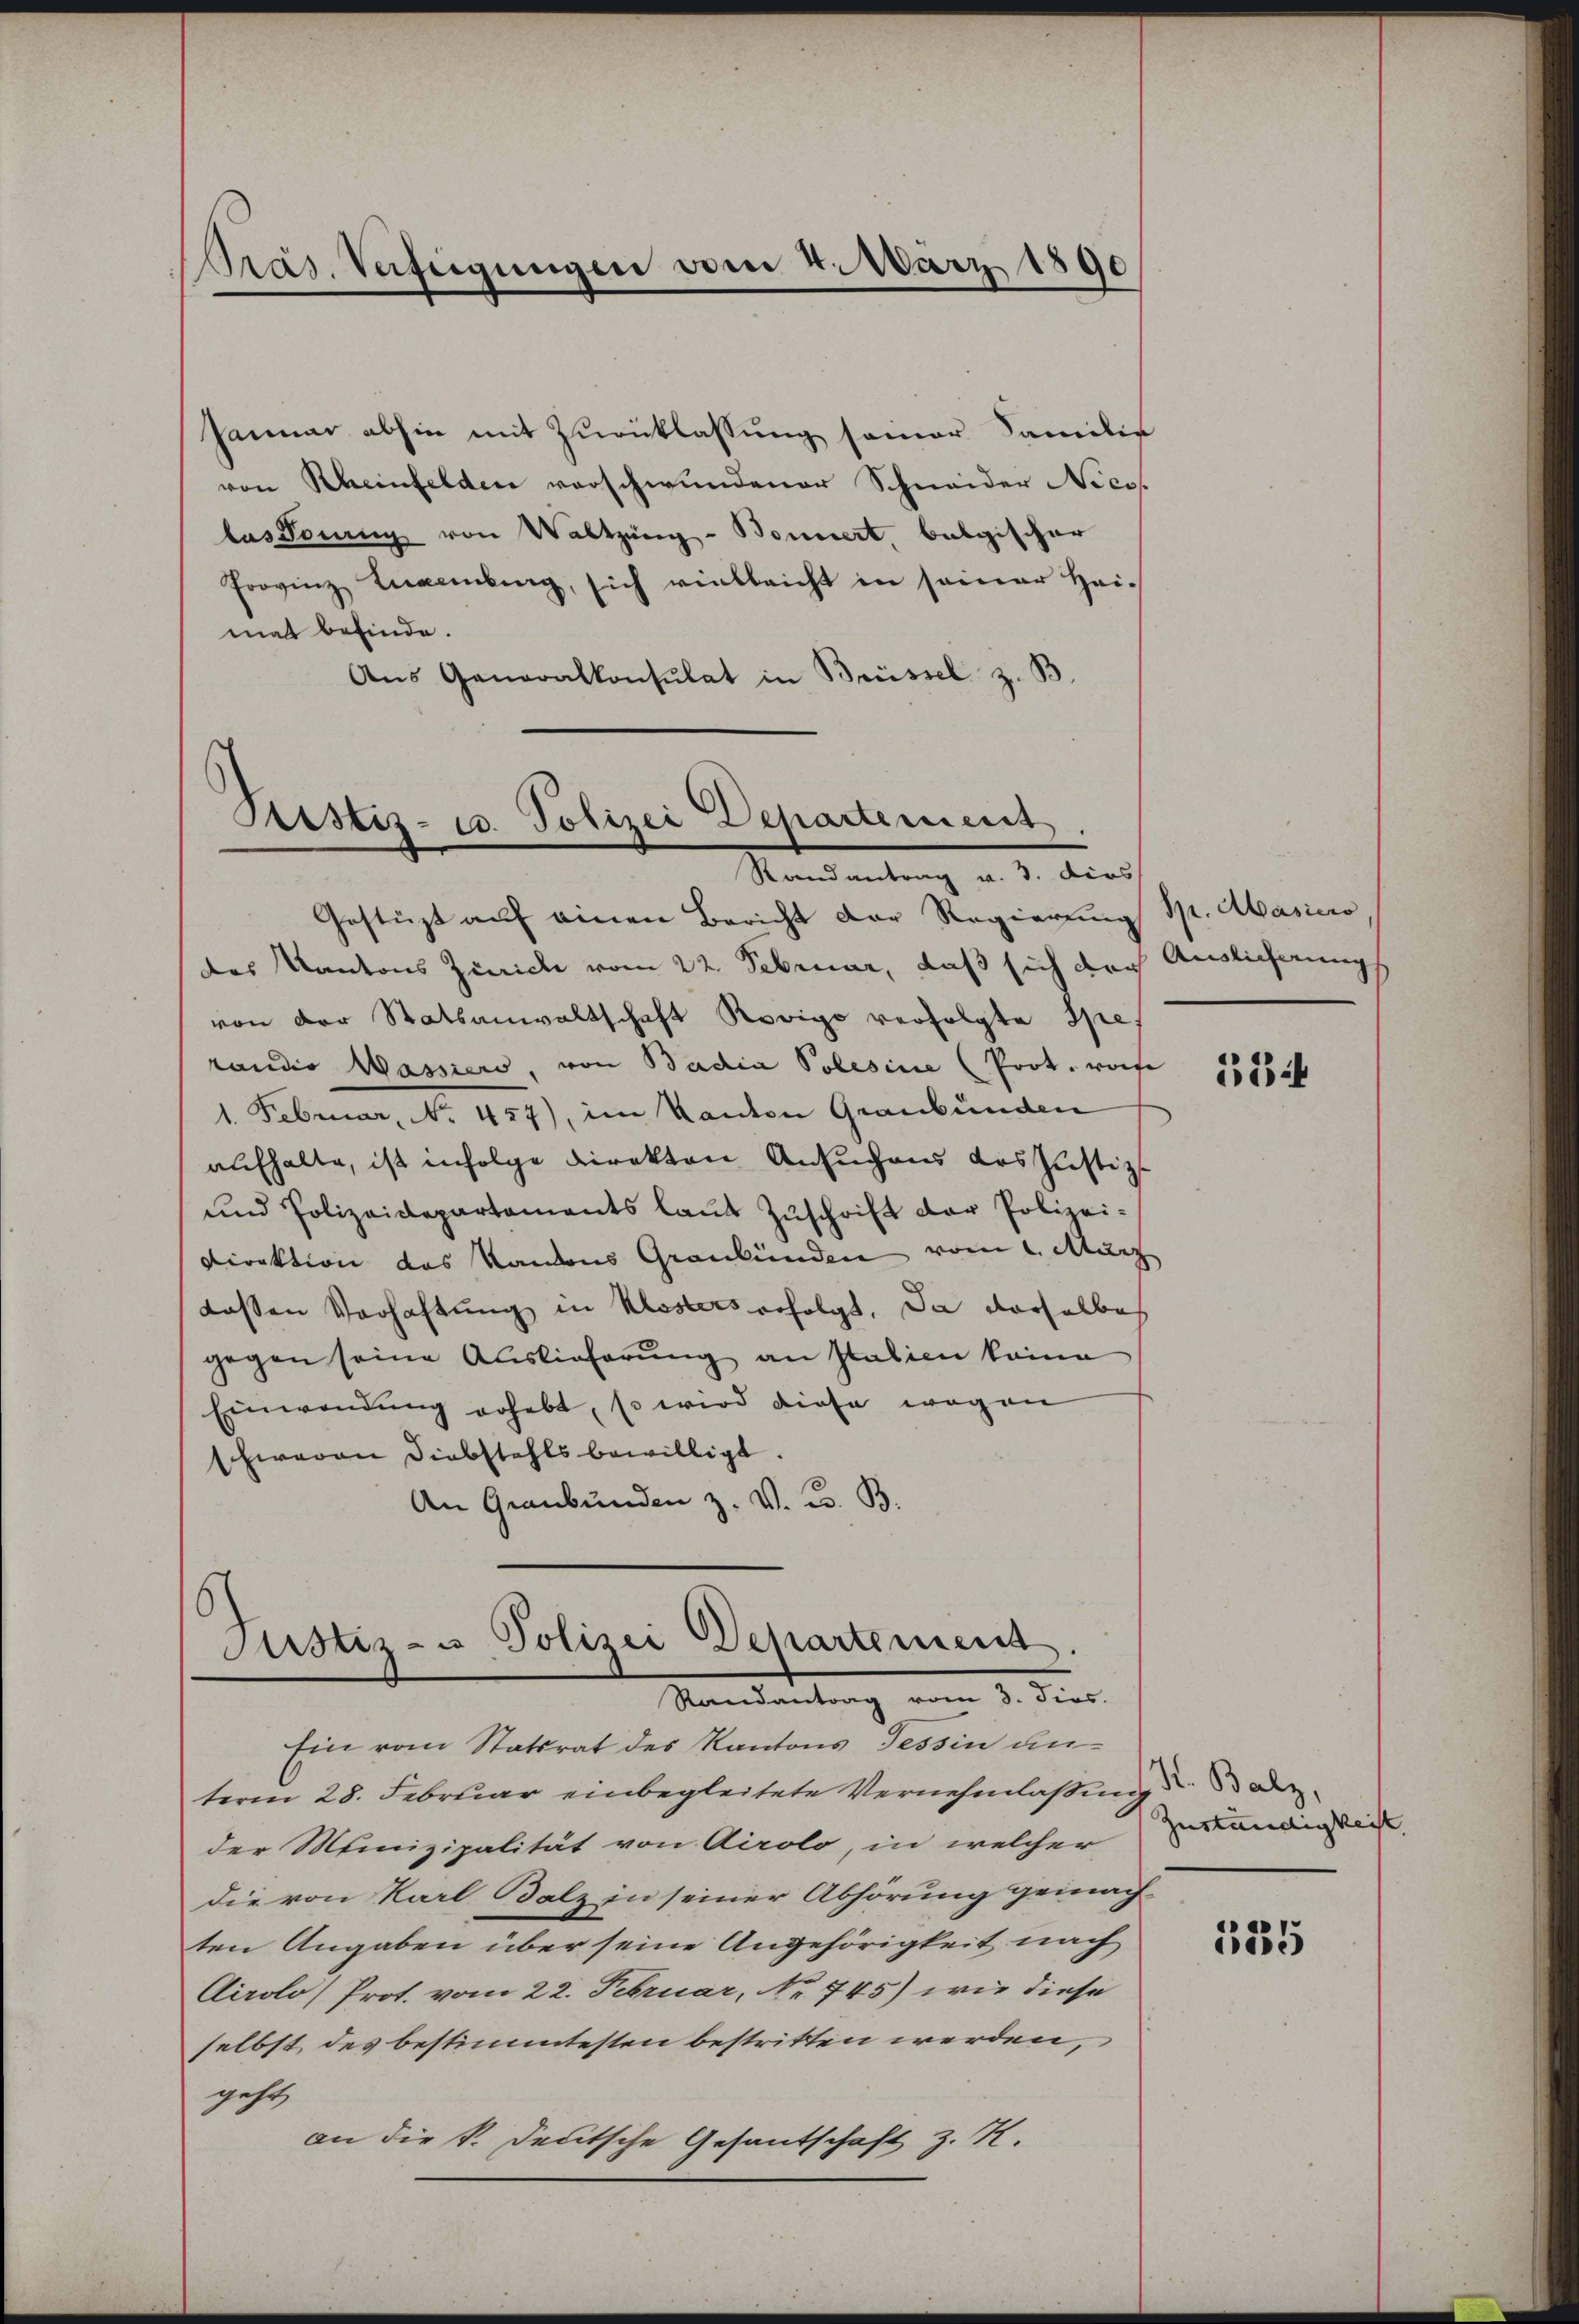
Präs. Verfügungen vom 4. März 1890

Januar abhin mit Zurücklassung seiner Familie
von Rheinfelden verschwundener Schneider Nicos
las Vorang von Waltzung - Bonniert, belgischer
Frovinz Labung, sich vielleicht in seiner Hei-
mat befinde.
Ans Generalkonsulat in Brüssel z. B.

Ristiz- u. Polizei Departement
Randantrag v. 3. dies

Gestüzt auf einen Bericht der Regierung Sp. Abasiero,
das Kantons Zürich vom 22. Februar, daß sich der Auslicherungs
von der Statsanwaltschaft Rovigo verfolgte Spe
randio Wassers, von Badia Polesiue (Prot. wor
1. Februar, No. 457), im Kanton Graubünden
aufhalte, ist infolge direkten Ansuchens des Justiz¬
und Polizeidepartements laut Zuschrift der Polizei¬
Direktion des Kanons Graubünden vom 1. März
dassen Verhaftung in Klosters erfolgt. Da derselbe
gegen seine Auslieferung an Italien keine
Einwendung erhebt, so wird diese wegen
Ewaren Diebstahls bewilligt.
An Graubünden z. V. B. B.

Justiz- u Polizei Departement
Randantrag vom 8. dies.

Ein vom Statsrat des Kantons Tessin anterm 28. Februar einbegleitete Vernehmlassung der
der Munizipalität von Airolo, in welcher wendigen
die von Karl Balz in seiner Abhörung gemach-
ten Angaben über seine Angehörigkeit nach
Airolo Prot. vom 22. Februar, No 745) wie diese
selbst des bestimmtesten bestritten werden,
geht,
an die k. deutsche Gesantschaft z. K.

Bi

535